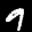
Label: 9